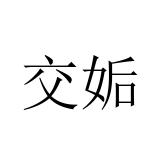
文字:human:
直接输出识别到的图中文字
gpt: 交姤